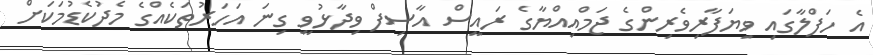
އެ ހަފްލާގައި ވިޔަފާރިވެރިންގެ ޖަމްއިއްޔާގެ ރައީސް އާސިފް ވިދާޅުވީ ގިނަ އަަހަރުތަކެއްގެ މެދުކެޑުމަކަށް